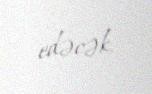
edəcək.